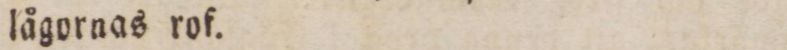
lågornas rof.